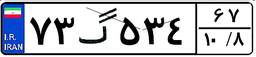
۷۳گ۵۳۴۶۷